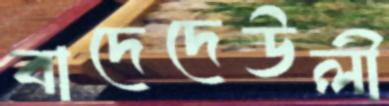
বাদেদেউলী